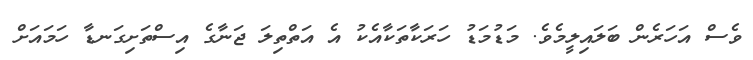
ވެސް އަހަރެން ބަލައިލީމެވެ. މަޑުމަޑު ހަރަކާތަކާއެކު އެ އަތްތިލަ ޖަނާގެ އިސްތަށިގަނޑާ ހަމައަށް